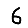
Digit: 6